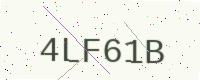
Text: 4LF61B